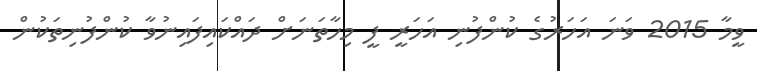
ވީމާ 2015 ވަނަ އަހަރުގެ ކުންފުނި އަހަރީ ފީ މިހާތަނަށް ދައްކައިފައިނުވާ ކުންފުނިތަކުން